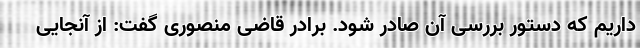
داریم که دستور بررسی آن صادر شود. برادر قاضی منصوری گفت: از آنجایی